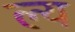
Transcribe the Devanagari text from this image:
ल्य